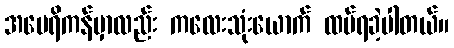
အမေရိကန်မှာလည်း ကလေးသုံးယောက် ထပ်ရခဲ့ပါတယ်။